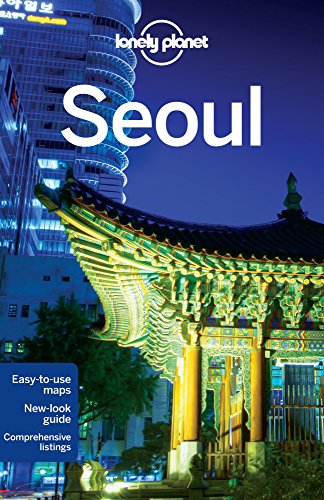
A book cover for Lonely Planet Seoul (Travel Guide); Lonely Planet; Travel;